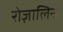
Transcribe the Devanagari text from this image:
रोज़ालिन्ड